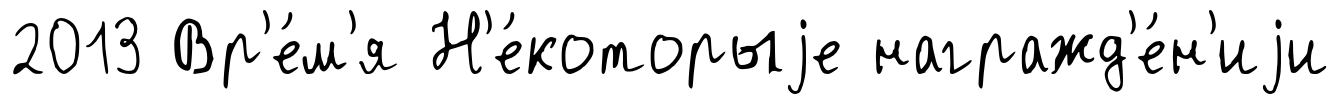
2013 Вр'е́м'я Н'е́которыjе награжд'е́н'иjи